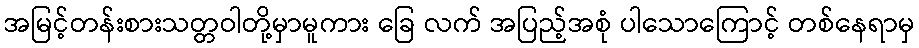
အမြင့်တန်းစားသတ္တဝါတို့မှာမူကား ခြေ လက် အပြည့်အစုံ ပါသောကြောင့် တစ်နေရာမှ